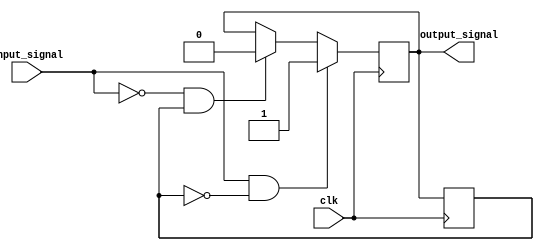
module Schmitt_trigger_inverter (
    input wire clk,
    input wire input_signal,
    output reg output_signal
);

parameter HIGH_TRIP = 1; // adjustable high trip point
parameter LOW_TRIP = 0; // adjustable low trip point

reg prev_output;

always @(posedge clk) begin
    if ((input_signal == HIGH_TRIP) && (prev_output == 0)) begin
        output_signal <= 1;
    end else if ((input_signal == LOW_TRIP) && (prev_output == 1)) begin
        output_signal <= 0;
    end
    prev_output <= output_signal;
end

endmodule